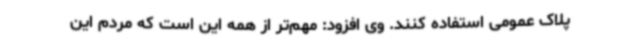
پلاک عمومی استفاده کنند. وی افزود: مهم‌تر از همه این است که مردم این